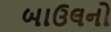
બાઉલનો